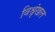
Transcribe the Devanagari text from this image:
विश्रृंखल